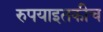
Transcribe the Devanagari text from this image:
रुपयाइतकीच